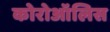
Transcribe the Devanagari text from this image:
कोरोऑलिस